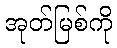
အုတ်မြစ်ကို